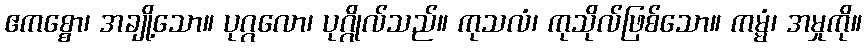
ဧကစ္စော၊ အချို့သော။ ပုဂ္ဂလော၊ ပုဂ္ဂိုလ်သည်။ ကုသလံ၊ ကုသိုလ်ဖြစ်သော။ ကမ္မံ၊ အမှုကို။